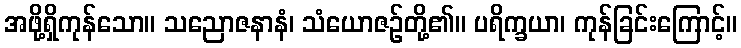
အဖို့ရှိကုန်သော။ သညောဇနာနံ၊ သံယောဇဉ်တို့၏။ ပရိက္ခယာ၊ ကုန်ခြင်းကြောင့်။